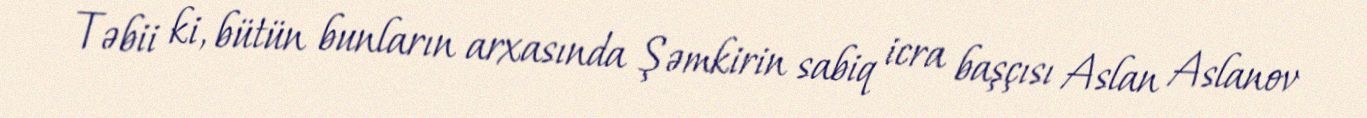
Təbii ki, bütün bunların arxasında Şəmkirin sabiq icra başçısı Aslan Aslanov